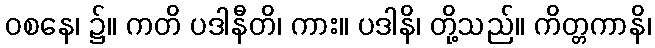
ဝစနေ၊ ၌။ ကတိ ပဒါနီတိ၊ ကား။ ပဒါနိ၊ တို့သည်။ ကိတ္တကာနိ၊